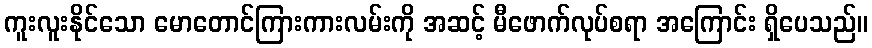
ကူးလူးနိုင်သော မောတောင်ကြားကားလမ်းကို အဆင့် မီဖောက်လုပ်စရာ အကြောင်း ရှိပေသည်။